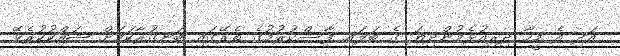
އަދި އެ މީހާ ދިރިއުޅެމުންދިޔަ ގެ ބަަލައި ފާސްކުރުމުގެ ތެރޭގައި ބަނގުރާކަމަށް ޝައްކުކުރެވޭ